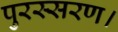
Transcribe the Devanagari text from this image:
पुरस्सरण।